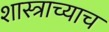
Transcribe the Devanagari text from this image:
शास्त्राच्याच